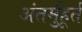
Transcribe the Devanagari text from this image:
अंतर्मुहूर्त